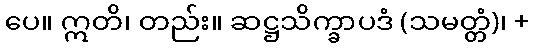
ပေ။ ဣတိ၊ တည်း။ ဆဋ္ဌသိက္ခာပဒံ (သမတ္တံ)၊ +